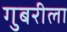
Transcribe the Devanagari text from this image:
गुबरीला